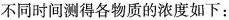
不同时间测得各物质的浓度如下：